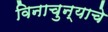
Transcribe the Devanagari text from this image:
विनाचुन्याचे